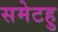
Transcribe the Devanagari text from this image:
समेटहु